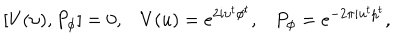
[ V ( \upsilon ) , P _ { \phi } ] = 0 , V ( u ) = e ^ { 2 i \upsilon ^ { t } \phi ^ { t } } , P _ { \phi } = e ^ { - 2 \pi i u ^ { t } p ^ { t } } ,